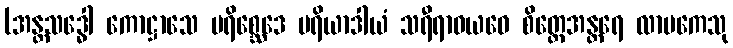
(အန္တသဒ္ဓေါ ကောဋ္ဌာသေ ပရိစ္ဆေဒေ မရိယာဒါယံ သရီရာဝယဝေ စိတ္တေအန္တရေ လာမကေသု